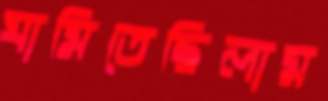
ঘামিতেছিলাম